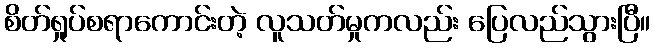
စိတ်ရှုပ်စရာကောင်းတဲ့ လူသတ်မှုကလည်း ပြေလည်သွားပြီ။